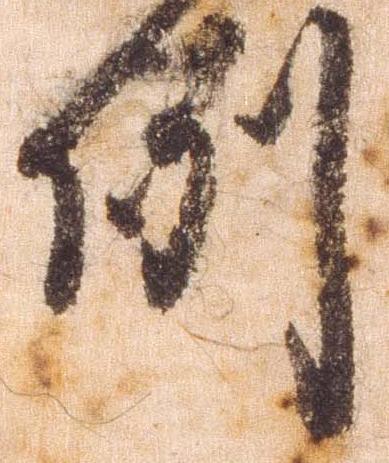
例